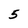
Character: 5